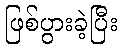
ဖြစ်ပွားခဲ့ပြီး